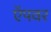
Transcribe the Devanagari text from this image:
ऍपवर